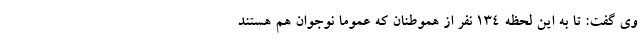
وی گفت: تا به این لحظه ۱۳۴ نفر از هموطنان که عموماً نوجوان هم هستند